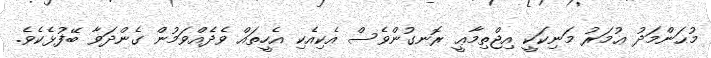
މުޙަންމަދު ޢުމަރު މަނިކަކީ އިޖްތިމާޢީ ރޮނގުންވެސް އެކިއެކި އެހީތައް ވެދެއްވަމުން ގެންދަވާ ބޭފުޅެކެވެ.